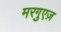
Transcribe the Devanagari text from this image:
मरगुएज़